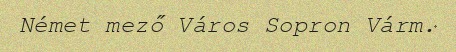
Német mező Város Sopron Várm.